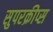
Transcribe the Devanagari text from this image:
सुपरक्रीप्स